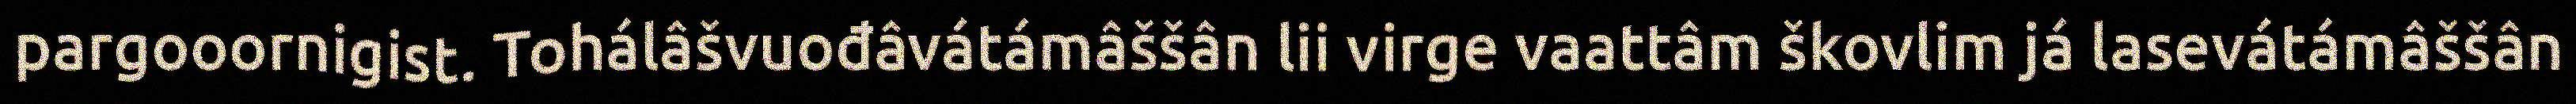
pargooornigist. Tohálâšvuođâvátámâššân lii virge vaattâm škovlim já lasevátámâššân